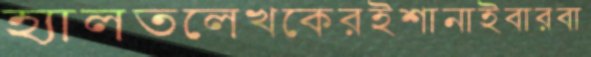
হ্যালতলেখকেরইশানাইবারবা